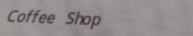
Coffee Shop